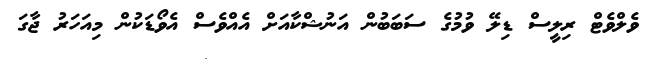
ވެލްވެޓް ރިލީސް ޑިލޭ ވުމުގެ ސަބަބުން އަނުޝްކާއަށް އެއްވެސް އެވޯޑަކުން މިއަހަރު ޖާގަ